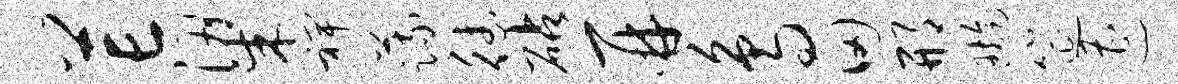
芒梁裨蔬德砧再鸟田邢璇筵遭